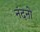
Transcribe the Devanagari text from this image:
नंदनो